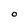
Character: O